Medical and sanitary report of the native army of Madras for the year
Year: 1878
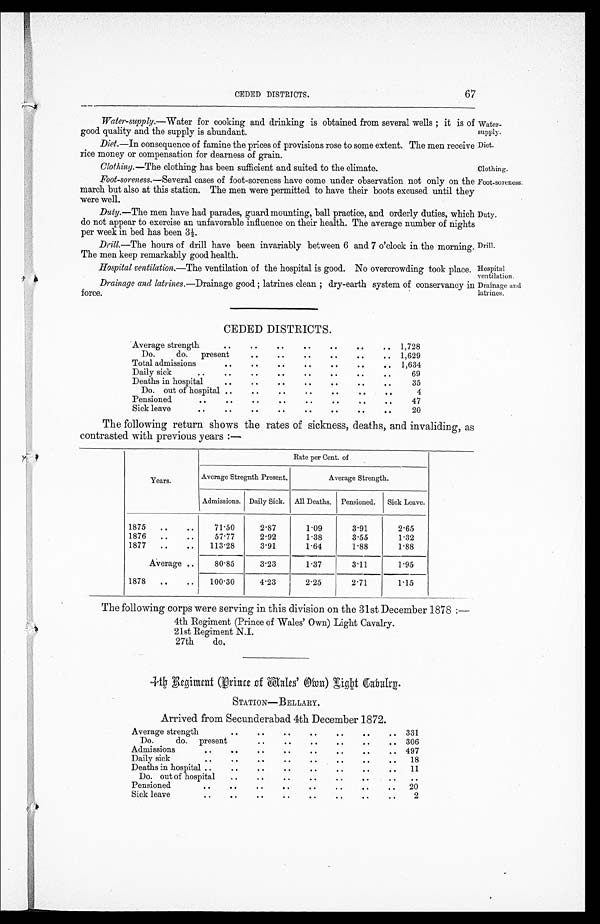
Water-
supply.
Diet.
Duty.
Drill.
Hospital
ventilation.
CEDED DISTRICTS.
67
Water-supply. —Water for cooking and drinking is obtained from several wells ; it is of
good quality and the supply is abundant.
Diet. —In consequence of famine the prices of provisions rose to some extent. The men receive
rice money or compensation for dearness of grain.
Clothing. —The clothing has been sufficient and suited to the climate.
Clothing.
Foot-soreness. —Several cases of foot-soreness have come under observation not only on the
march but also at this station. The men were permitted to have their boots excused until they
were well.
Duty.—The men have had parades, guard mounting, ball practice, and orderly duties, which
do not appear to exercise an unfavorable influence on their health. The average number of night
per week in bed has been 31/2.
Drill. —The hours of drill have been invariably between 6 and 7 o'clock in the morning.
The men keep remarkably good health.
Hospital ventilation. —The ventilation of the hospital is good. No overcrowding took place.
Foot-soreness.
Drainage and latrines .—Drainage good ; latrines clean ; dry-earth system of conservancy
force.
Drainage and.
latrines.
CEDED DISTRICTS.
Average strength
. .
. .
. .
. .
. .
. .
. .
1,728
Do.
do. present.
. .
. .
. .
. .
. .
. .
1,629
Total admissions
. .
. .
. .
. .
. .
. .
. .
1,634
Daily sick
. .
. .
. .
. .
. .
. .
. .
69
Deaths in hospital
. .
. .
. .
. .
. .
. .
. .
35
Do. out of hospital ..
. .
. .
. .
. .
. .
. .
4
Pensioned
. .
. .
. .
. .
. .
. .
. .
47
Sick leave
. .
. .
. .
. .
. .
. .
. .
20
The following return shows the rates of sickness, deaths, and invaliding, as
contrasted with previous years :—
Years.
Rate per Cent. of
Average Stregnth Present.
Average Strength.
Admissions. Daily Sick. All Deaths. Pensioned. Sick Leave.
1875
..
..
71.50
2.87
1.09
3.91
2.65
1876
..
..
57.77
2.92
1.38
3.55
1.32
1877
..
..
113.28
3.91
1.64
1.88
1.88
Average ..
80.85
3.23
1.37
3.11
1.95
1878
..
..
100.30
4.23
2.25
2.71
1.15
The following corps were serving in this division on the 31st December 1878 :—
4th Regiment (Prince of Wales' Own) Light Cavalry.
21st Regiment N.I.
27th
do.
14th Rediment (Price of Wale's Own) Light Cavalry.
STATION—BELLARY.
Arrived from Secunderabad 4th December 1872.
. .
Average strength
. .
. .
. .
. .
. .
. .
. .
331
Do.
do. present..
. .
. .
. .
. .
. .
. .
306
Admissions
..
. .
. . . .
. .
. .
. .
. .
. .
497
Daily sick
..
. .
. .
. .
. .
. .
. .
. .
18
Deaths in hospital ..
. .
. .
. .
. .
. .
. .
. .
11
Do. out of hospital
. .
. .
. .
. .
. .
. .
. .
. .
Pensioned
..
. .
. .
. .
. .
. .
. .
. .
20
Sick leave
..
. .
. .
. .
. .
. .
. .
. .
2